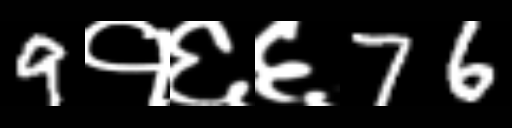
Text: 9१६६76